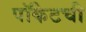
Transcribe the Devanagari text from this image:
पॉकेटची